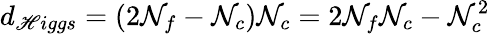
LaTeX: d_{\mathscr{H}iggs}=(2\mathcal{N}_{f}-\mathcal{N}_{c})\mathcal{N}_{c}=2\mathcal{N}_{f}\mathcal{N}_{c}-\mathcal{N}_{c}^{2}